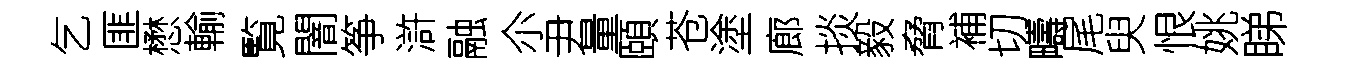
乞匪懋輸覧闇筝滸融尒尹量頤苍塗廊掞毅脅補切疇尾臾恨姚睇